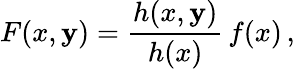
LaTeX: F(x,\mathbf{y})=\frac{{h(x,\mathbf{y})}}{{h(x)}}\, f(x)\, ,